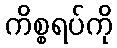
ကိစ္စရပ်ကို